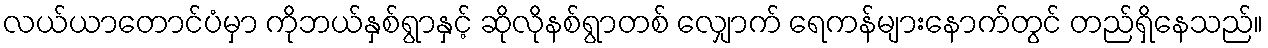
လယ်ယာတောင်ပံမှာ ကိုဘယ်နှစ်ရွာနှင့် ဆိုလိုနစ်ရွာတစ် လျှောက် ရေကန်များနောက်တွင် တည်ရှိနေသည်။